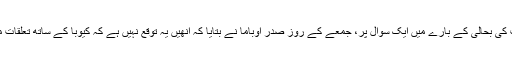
ادھر واشنگٹن میں کیوبا کے ساتھ سفارتی تعلقات کی بحالی کے بارے میں ایک سوال پر، جمعے کے روز صدر اوباما نے بتایا کہ اُنھیں یہ توقع نہیں ہے کہ کیوبا کے ساتھ تعلقات میں فوری طور پر کوئی ڈرامائی تبدیلی آئے گی۔